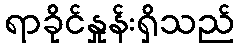
ရာခိုင်နှုန်းရှိသည်